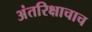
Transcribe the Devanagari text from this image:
अंतरिक्षाचाच